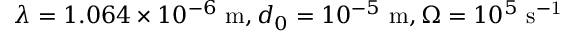
\lambda = 1 . 0 6 4 \times 1 0 ^ { - 6 } ~ \mathrm { m } , d _ { 0 } = 1 0 ^ { - 5 } ~ \mathrm { m } , \Omega = 1 0 ^ { 5 } ~ \mathrm { s ^ { - 1 } }